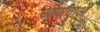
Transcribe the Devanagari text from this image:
आपादाओं